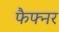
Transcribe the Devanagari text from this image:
फैफ्नर